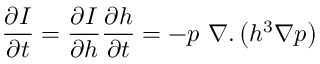
\frac { \partial I } { \partial t } = \frac { \partial I } { \partial h } \frac { \partial h } { \partial t } = - p \ \nabla . \left( h ^ { 3 } \nabla p \right)